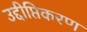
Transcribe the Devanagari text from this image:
उद्दीप्तिकरण